Problem: 9 + 22 = ?
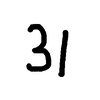
Handwritten answer: 31